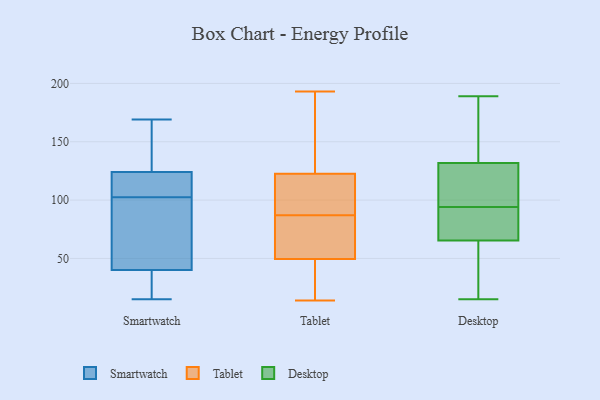
{"axis": {"x": "Churn Rate (%)", "y": "Value"}, "legend": ["Desktop", "Smartwatch", "Tablet"], "data": [{"x": "", "y": 15, "type": "Smartwatch"}, {"x": "", "y": 169, "type": "Smartwatch"}, {"x": "", "y": 23, "type": "Smartwatch"}, {"x": "", "y": 66, "type": "Smartwatch"}, {"x": "", "y": 158, "type": "Smartwatch"}, {"x": "", "y": 40, "type": "Smartwatch"}, {"x": "", "y": 134, "type": "Smartwatch"}, {"x": "", "y": 107, "type": "Smartwatch"}, {"x": "", "y": 120, "type": "Smartwatch"}, {"x": "", "y": 124, "type": "Smartwatch"}, {"x": "", "y": 99, "type": "Smartwatch"}, {"x": "", "y": 60, "type": "Smartwatch"}, {"x": "", "y": 23, "type": "Smartwatch"}, {"x": "", "y": 106, "type": "Smartwatch"}, {"x": "", "y": 49, "type": "Tablet"}, {"x": "", "y": 87, "type": "Tablet"}, {"x": "", "y": 96, "type": "Tablet"}, {"x": "", "y": 193, "type": "Tablet"}, {"x": "", "y": 127, "type": "Tablet"}, {"x": "", "y": 42, "type": "Tablet"}, {"x": "", "y": 55, "type": "Tablet"}, {"x": "", "y": 14, "type": "Tablet"}, {"x": "", "y": 151, "type": "Tablet"}, {"x": "", "y": 51, "type": "Tablet"}, {"x": "", "y": 109, "type": "Tablet"}, {"x": "", "y": 55, "type": "Desktop"}, {"x": "", "y": 64, "type": "Desktop"}, {"x": "", "y": 137, "type": "Desktop"}, {"x": "", "y": 99, "type": "Desktop"}, {"x": "", "y": 69, "type": "Desktop"}, {"x": "", "y": 91, "type": "Desktop"}, {"x": "", "y": 189, "type": "Desktop"}, {"x": "", "y": 94, "type": "Desktop"}, {"x": "", "y": 178, "type": "Desktop"}, {"x": "", "y": 15, "type": "Desktop"}, {"x": "", "y": 116, "type": "Desktop"}]}